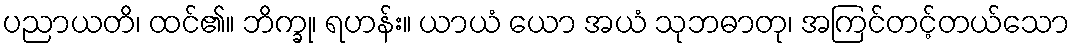
ပညာယတိ၊ ထင်၏။ ဘိက္ခု၊ ရဟန်း။ ယာယံ ယော အယံ သုဘဓာတု၊ အကြင်တင့်တယ်သော